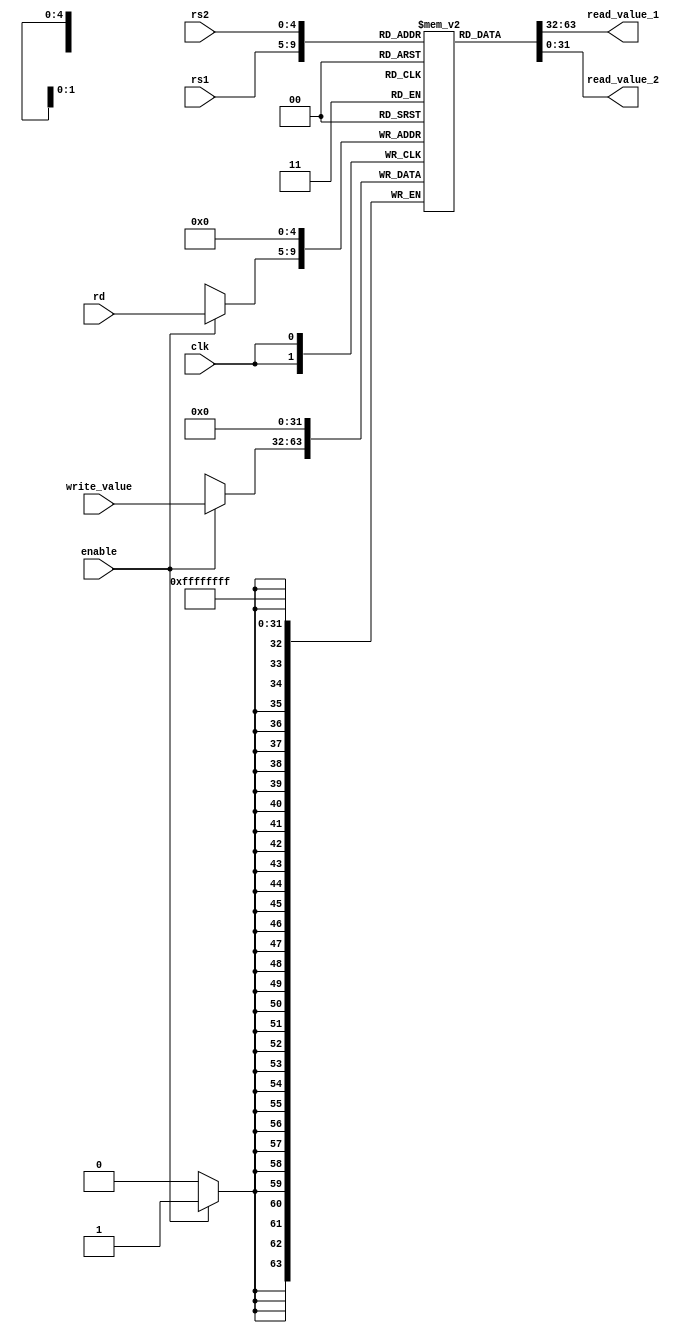
`timescale 1ns / 1ps
//////////////////////////////////////////////////////////////////////////////////
// Company: 
// Engineer: 
// 
// Design Name: 
// Module Name: register_file
// Project Name: 
// Target Devices: 
// Tool Versions: 
// Description: 
// 
// Dependencies: 
// 
// Revision:
// Revision 0.01 - File Created
// Additional Comments:
// 
//////////////////////////////////////////////////////////////////////////////////

module register(
    input [4:0] rs1,
    input [4:0] rs2,
    input [4:0] rd,
    input enable,
    input [31:0] write_value,
    input clk,
    output [31:0] read_value_1,
    output [31:0] read_value_2
    );
    reg [31:0] register_file [31:0];
    integer i;
 
    always @(posedge clk)
    begin
    register_file[0] = 32'b0;
    case(enable)
        1'b1:
        begin
             register_file[rd] = write_value;
             $display("Entered Register File to write the value %d at destination register %d at time = %d",write_value,rd,$time);
        end        
    endcase
       
    end
    
assign read_value_1 = register_file[rs1];
assign read_value_2 = register_file[rs2];
endmodule